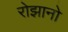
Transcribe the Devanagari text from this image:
रोझानो